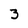
Character: 3